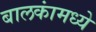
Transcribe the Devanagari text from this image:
बालकांमध्ये